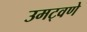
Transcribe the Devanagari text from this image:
उमट्वणे